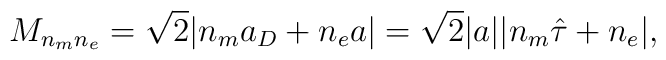
M_{n_mn_e}=\sqrt 2 |n_ma_D+n_ea|=\sqrt 2|a||n_m\hat\tau+n_e|,